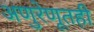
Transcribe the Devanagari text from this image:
अणुरेणूतही